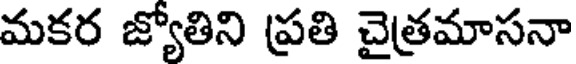
మకర జ్యోతిని ప్రతి చైత్రమాసనా